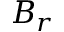
B _ { r }